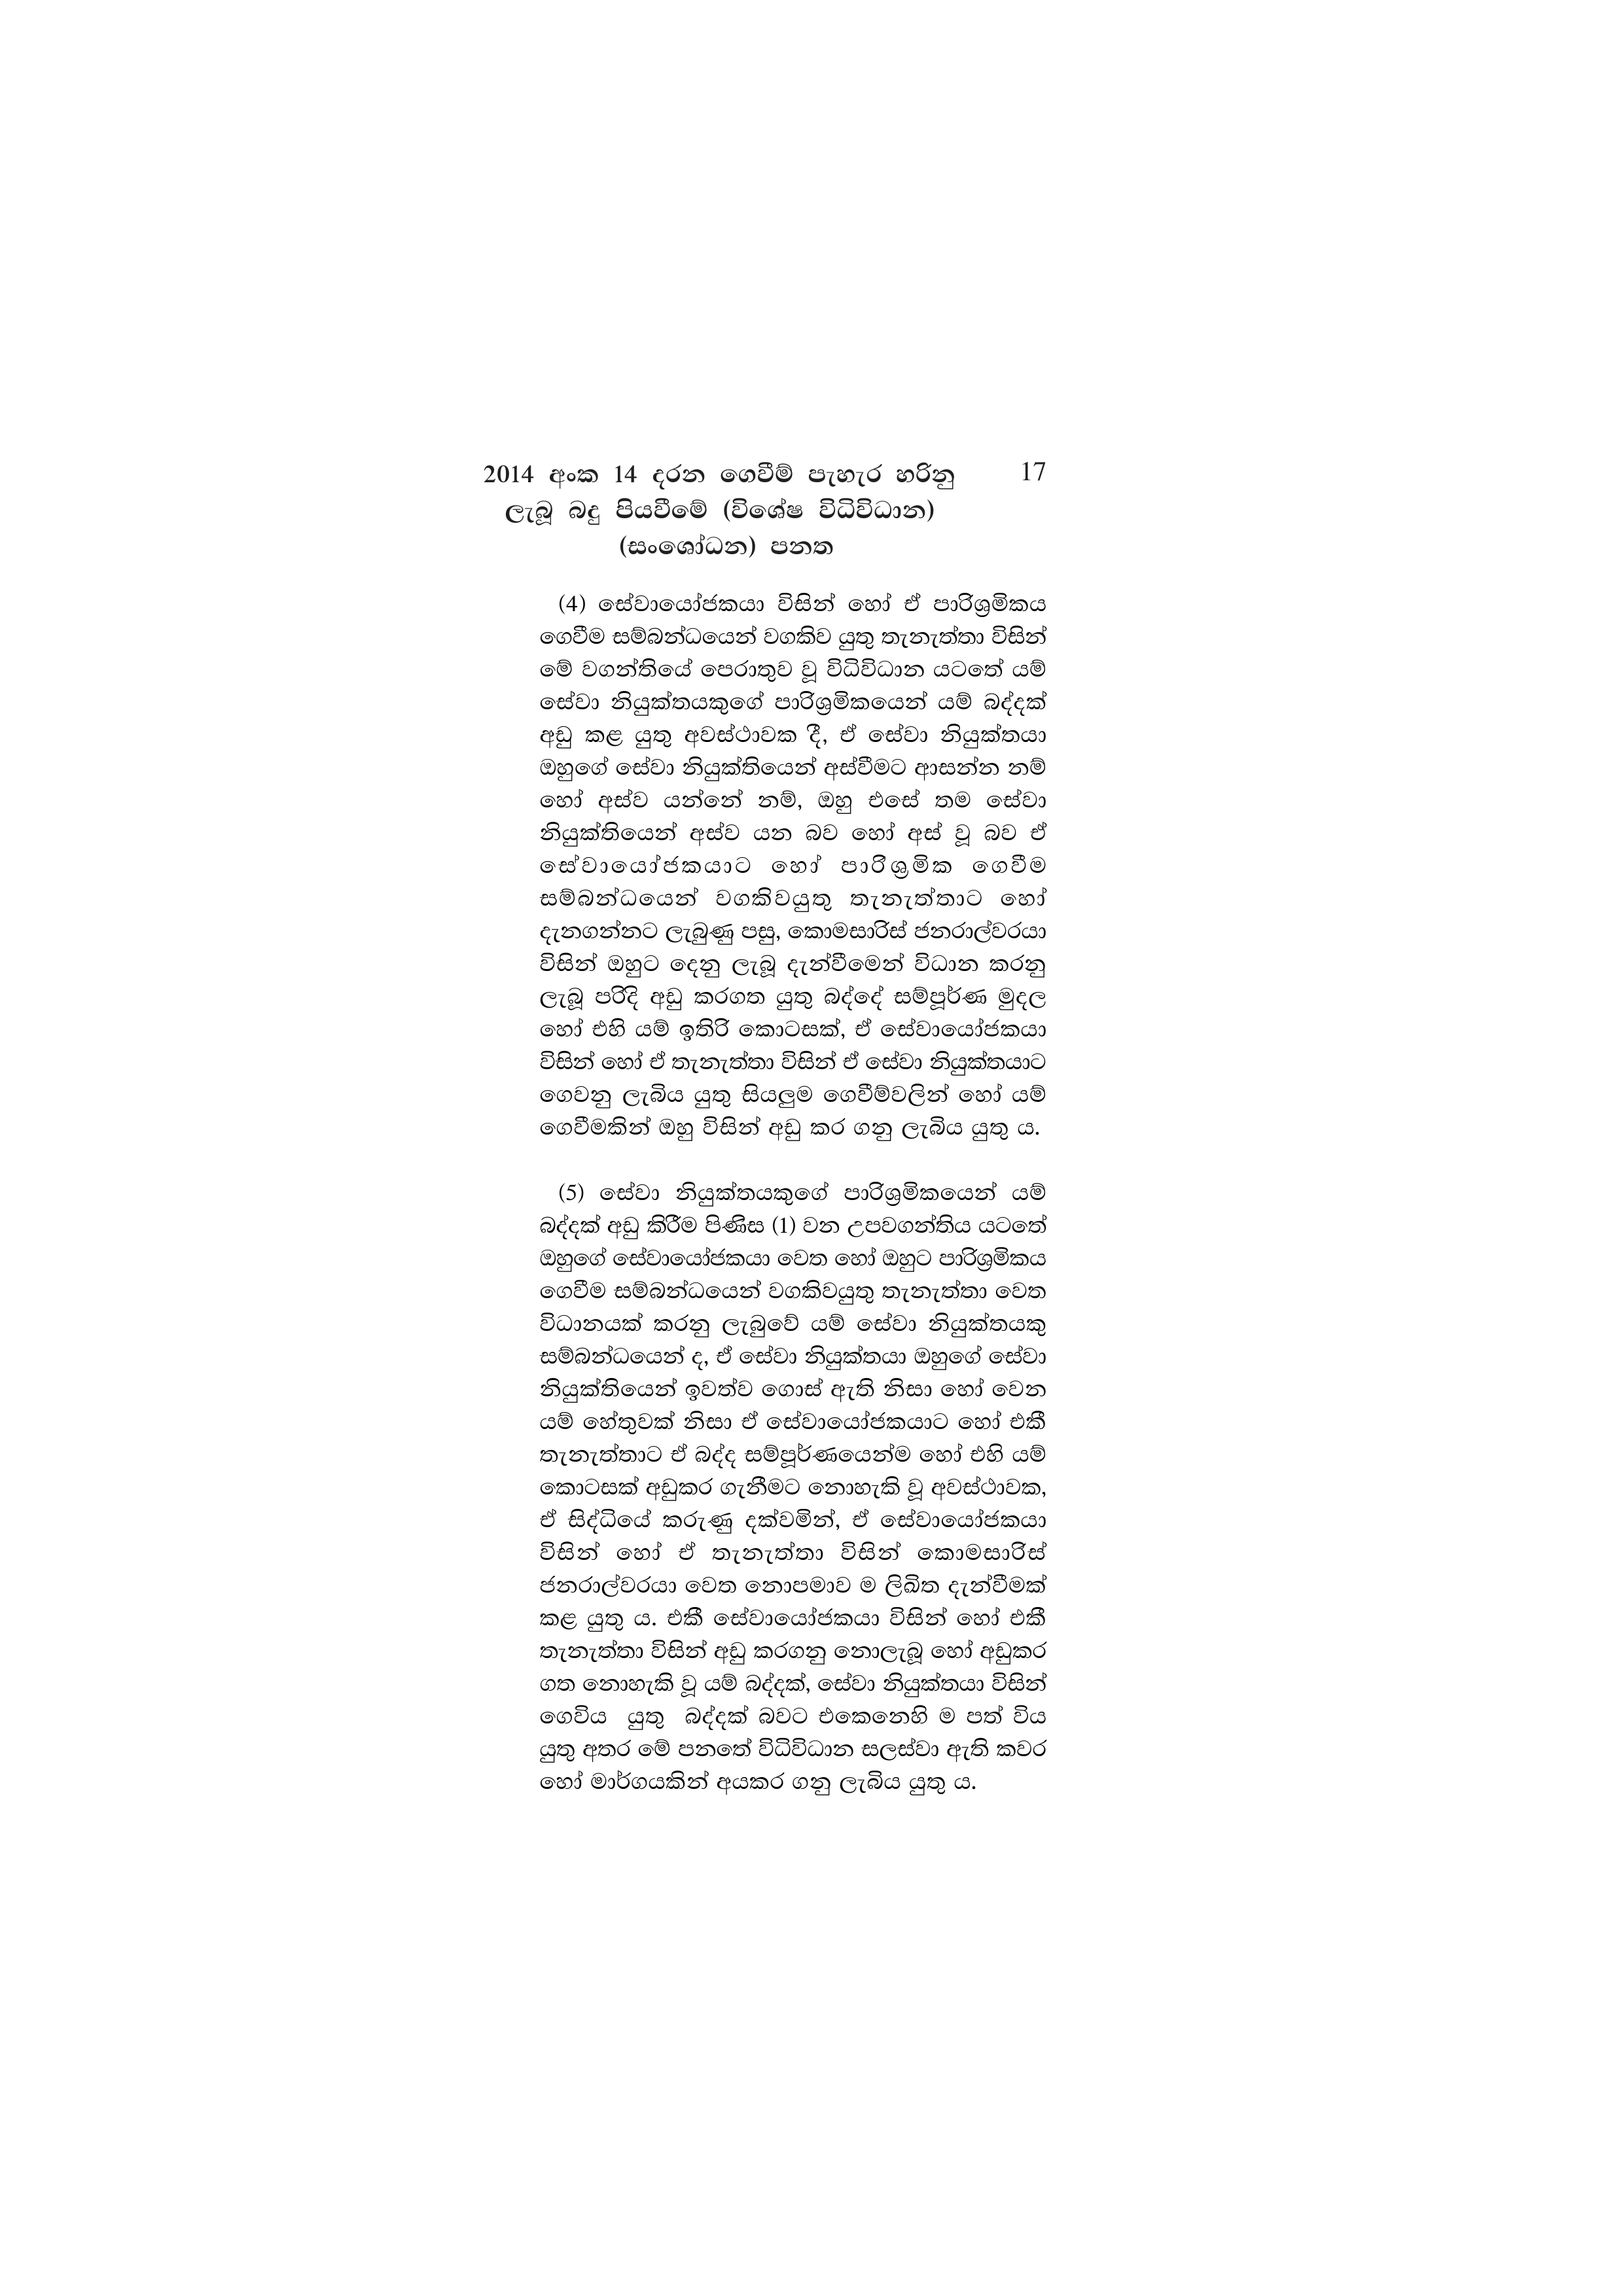
2014 අංක 14 දරන ගෙවීම් පැහැර හරිනු 17
ලැබූ බදු පියවීමේ (විශේෂ විධිවිධාන)
(සංශෝධන) පනත

(4) සේවායෝජකයා විසින් හෝ ඒ පාරිශ්‍රමිකය
ගෙවීම සම්බන්ධයෙන් වගකිව යුතු තැනැත්තා විසින්
මේ වගන්තියේ පෙරාතුව වූ විධිවිධාන යටතේ යම්
සේවා නියුක්තයකුගේ පාරිශ්‍රමිකයෙන් යම් බද්දක්
අඩු කළ යුතු අවස්ථාවක දී, ඒ සේවා නියුක්තයා
ඔහුගේ සේවා නියුක්තියෙන් අස්වීමට ආසන්න නම්
හෝ අස්ව යන්නේ නම්, ඔහු එසේ තම සේවා
නියුක්තියෙන් අස්ව යන බව හෝ අස් වූ බව ඒ
සේවායෝජකයාට හෝ පාරිශ්‍රමික ගෙවීම
සම්බන්ධයෙන් වගකිවයුතු තැනැත්තාට හෝ
දැනගන්නට ලැබුණු පසු, කොමසාරිස් ජනරාල්වරයා
විසින් ඔහුට දෙනු ලැබූ දැන්වීමෙන් විධාන කරනු
ලැබූ පරිදි අඩු කරගත යුතු බද්දේ සම්පූර්ණ මුදල
හෝ එහි යම් ඉතිරි කොටසක්, ඒ සේවායෝජකයා
විසින් හෝ ඒ තැනැත්තා විසින් ඒ සේවා නියුක්තයාට
ගෙවනු ලැබිය යුතු සියලුම ගෙවීම්වලින් හෝ යම්
ගෙවීමකින් ඔහු විසින් අඩු කර ගනු ලැබිය යුතු ය.

(5) සේවා නියුක්තයකුගේ පාරිශ්‍රමිකයෙන් යම්
බද්දක් අඩු කිරීම පිණිස (1) වන උපවගන්තිය යටතේ
ඔහුගේ සේවායෝජකයා වෙත හෝ ඔහුට පාරිශ්‍රමිකය
ගෙවීම සම්බන්ධයෙන් වගකිවයුතු තැනැත්තා වෙත
විධානයක් කරනු ලැබුවේ යම් සේවා නියුක්තයකු
සම්බන්ධයෙන් ද, ඒ සේවා නියුක්තයා ඔහුගේ සේවා
නියුක්තියෙන් ඉවත්ව ගොස් ඇති නිසා හෝ වෙන
යම් හේතුවක් නිසා ඒ සේවායෝජකයාට හෝ එකී
තැනැත්තාට ඒ බද්ද සම්පූර්ණයෙන්ම හෝ එහි යම්
කොටසක් අඩුකර ගැනීමට නොහැකි වූ අවස්ථාවක,
ඒ සිද්ධියේ කරුණු දක්වමින්, ඒ සේවායෝජකයා
විසින් හෝ ඒ තැනැත්තා විසින් කොමසාරිස්
ජනරාල්වරයා වෙත නොපමාව ම ලිඛිත දැන්වීමක්
කළ යුතු ය. එකී සේවායෝජකයා විසින් හෝ එකී
තැනැත්තා විසින් අඩු කරගනු නොලැබූ හෝ අඩුකර
ගත නොහැකි වූ යම් බද්දක්, සේවා නියුක්තයා විසින්
ගෙවිය යුතු බද්දක් බවට එකෙනෙහි ම පත් විය
යුතු අතර මේ පනතේ විධිවිධාන සලස්වා ඇති කවර
හෝ මාර්ගයකින් අයකර ගනු ලැබිය යුතු ය.